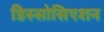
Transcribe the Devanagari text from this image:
डिस्सोसिएशन